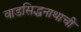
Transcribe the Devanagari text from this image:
वाडसिद्धनाथाची